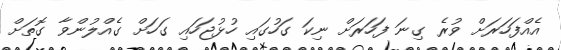
އެއްފަހަރަށް ވުރެ ގިނަ ފަހަރަށް ނިކަ ގަހުގައި ހުޅުޖަހައި ގަހަށް ގެއްލުންވާ ގޮތަށް